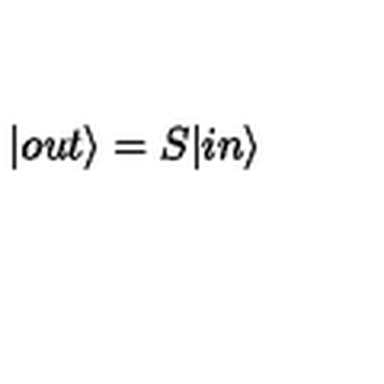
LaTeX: | o u t \rangle = S | i n \rangle